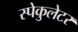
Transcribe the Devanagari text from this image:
स्पेकुलेटर